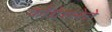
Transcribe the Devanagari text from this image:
काँग्रेसनेते